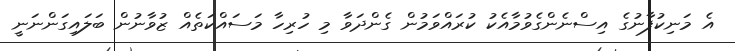
އެ މަނިކުފާނުގެ އިސްނެންގެވުމާއެކު ކުރައްވަމުން ގެންދަވާ މި ހުރިހާ މަސައްކަތެއް ޒުވާނުން ބަލައިގަންނަނީ